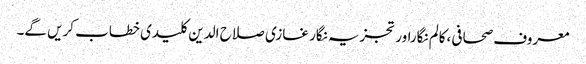
معروف صحافی ،کالم نگاراور تجزیہ نگار غازی صلاح الدین کلیدی خطاب کریں گے۔